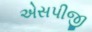
એસપીજી